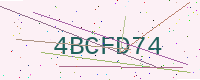
Text: 4BCFD74